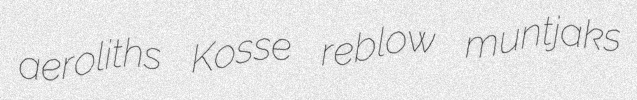
aeroliths Kosse reblow muntjaks